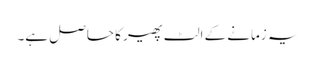
یہ زمانے کے الٹ پھیر کا حاصل ہے۔